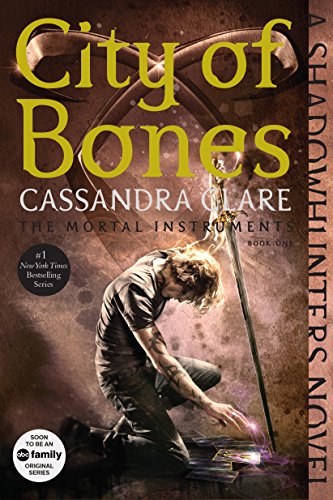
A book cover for City of Bones (The Mortal Instruments); Cassandra Clare; Teen & Young Adult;